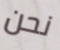
نحن